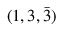
( 1 , 3 , { \bar { 3 } } )